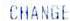
CHANGE